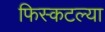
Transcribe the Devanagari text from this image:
फिस्कटल्या